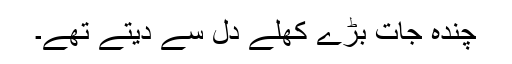
چندہ جات بڑے کھلے دل سے دیتے تھے۔